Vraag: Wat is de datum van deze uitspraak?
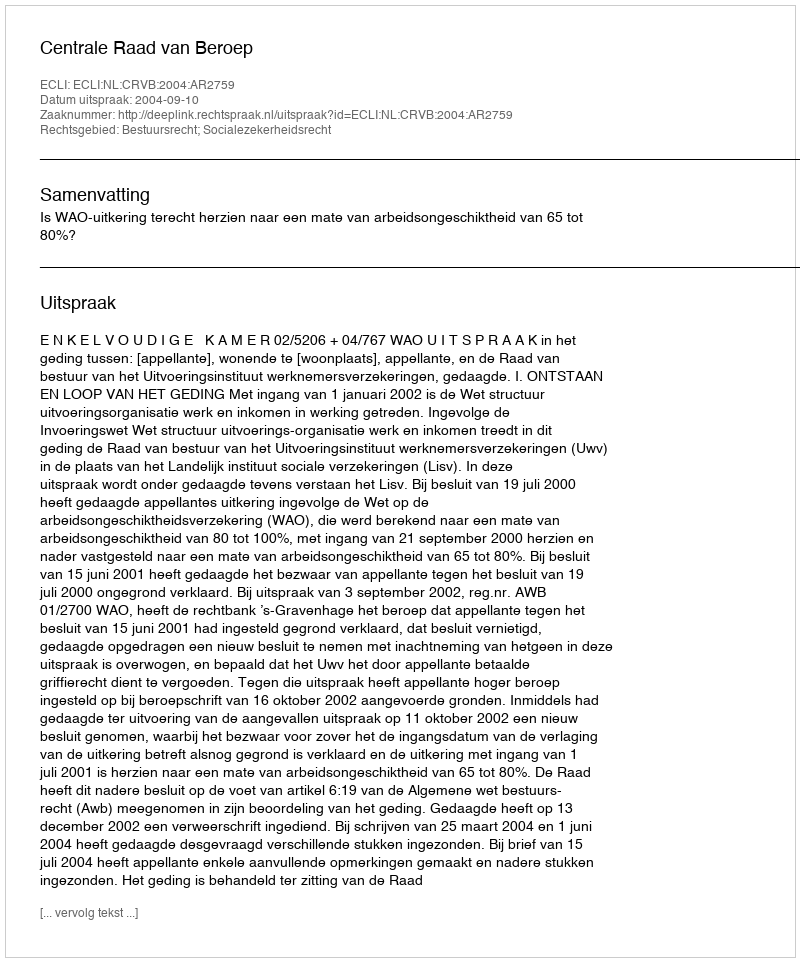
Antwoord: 2004-09-10